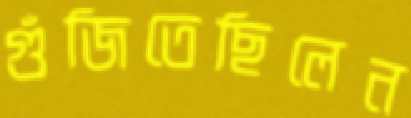
গুঁজিতেছিলেন